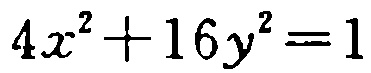
\(4x^{2}+16y^{2}=1\)